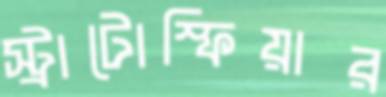
স্ট্রাটোস্ফিয়ার